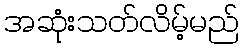
အဆုံးသတ်လိမ့်မည်